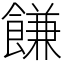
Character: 䭑